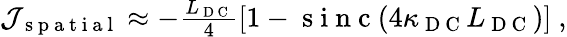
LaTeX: \begin{array}{r}{\mathcal{J}_{\mathrm{~s~p~a~t~i~a~l~}}\approx-\frac{L_{\mathrm{~D~C~}}}{4}\left[1-\mathrm{~s~i~n~c~}\! \left(4\kappa_{\mathrm{~D~C~}}L_{\mathrm{~D~C~}}\right)\right]\ ,}\end{array}